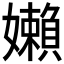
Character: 嬾